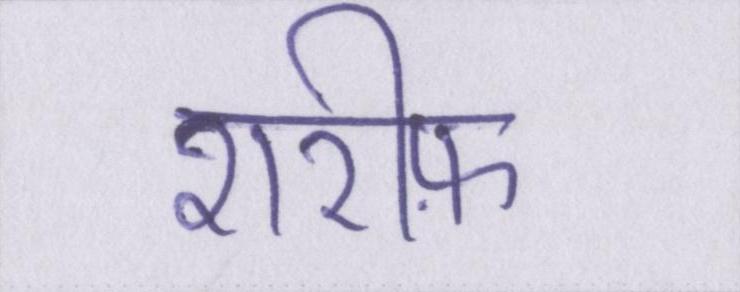
शरीफ़